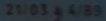
21/03@4/8